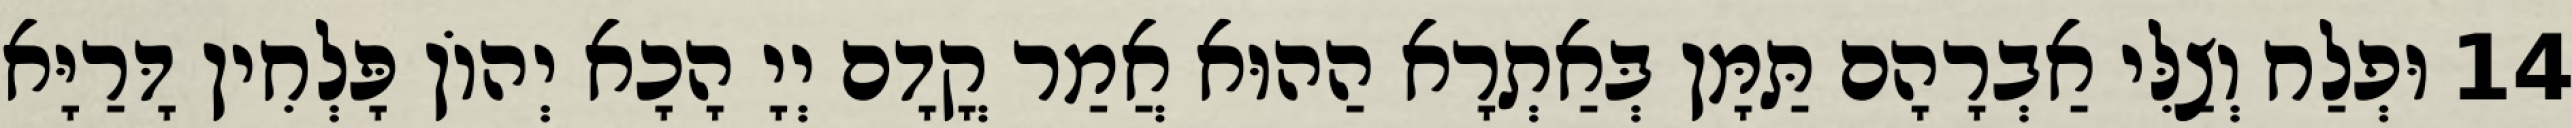
14 וּפְלַח וְצַלִּי אַבְרָהָם תַּמָּן בְּאַתְרָא הַהוּא אֲמַר קֳדָם יְיָ הָכָא יְהוֹן פָּלְחִין דָּרַיָּא